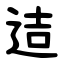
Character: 迼